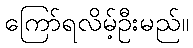
ကြော်ရလိမ့်ဦးမည်။